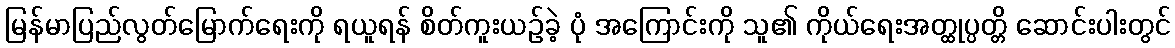
မြန်မာပြည်လွတ်မြောက်ရေးကို ရယူရန် စိတ်ကူးယဉ်ခဲ့ ပုံ အကြောင်းကို သူ၏ ကိုယ်ရေးအတ္ထုပ္ပတ္တိ ဆောင်းပါးတွင်